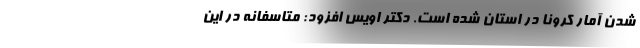
شدن آمار کرونا در استان شده است. دکتر اویس افزود: متاسفانه در این